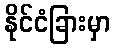
နိုင်ငံခြားမှာ